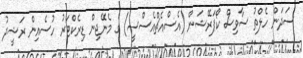
ސަދަން ހެލްތު ސާވިސް ކޯޕަރޭޝަން (އެސްއެޗްއެސްސީ) ގެ މެނޭޖިން ޑިރެކްޓަރު ހުސެއިން ރަޝީދު